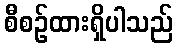
စီစဉ်ထားရှိပါသည်